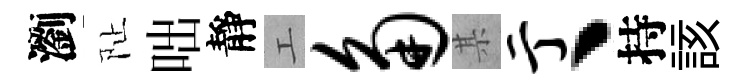
瀏阯咄靜工角某亍丶持該